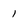
Character: 1